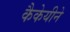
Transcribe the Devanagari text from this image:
कैकेयीने